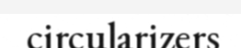
circularizers